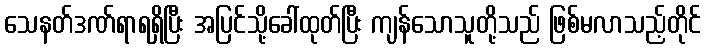
သေနတ်ဒဏ်ရာရရှိပြီး အပြင်သို့ခေါ်ထုတ်ပြီး ကျန်သောသူတို့သည် ဖြစ်မလာသည့်တိုင်